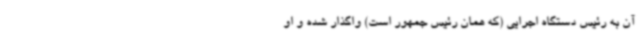
آن به رئیس دستگاه اجرایی (که همان رئیس جمهور است) واگذار شده و او